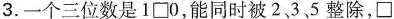
3.一个三位数是1\Box0，能同时被2、3、5整除，\Box